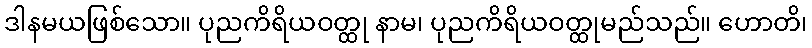
ဒါနမယဖြစ်သော။ ပုညကိရိယဝတ္ထု နာမ၊ ပုညကိရိယဝတ္ထုမည်သည်။ ဟောတိ၊